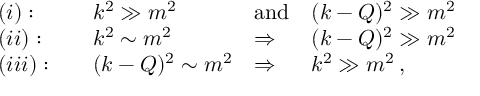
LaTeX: \begin{array} { l l l l } { { ( i ) : \quad } } & { { k ^ { 2 } \gg m ^ { 2 } \quad } } & { { \mathrm { a n d } } } & { { ( k - Q ) ^ { 2 } \gg m ^ { 2 } } } \\ { { ( i i ) : \quad } } & { { k ^ { 2 } \sim m ^ { 2 } } } & { { \Rightarrow } } & { { ( k - Q ) ^ { 2 } \gg m ^ { 2 } } } \\ { { ( i i i ) : \quad } } & { { ( k - Q ) ^ { 2 } \sim m ^ { 2 } } } & { { \Rightarrow } } & { { k ^ { 2 } \gg m ^ { 2 } \, , } } \end{array}